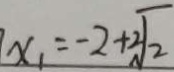
x _ { 1 } = - 2 + 2 \sqrt { 2 }